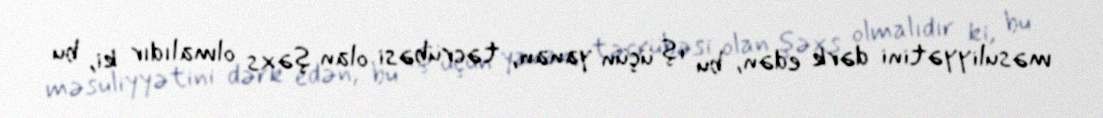
məsuliyyətini dərk edən, bu iş üçün yanan, təcrübəsi olan şəxs olmalıdır ki, bu